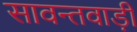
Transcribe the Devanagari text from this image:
सावन्तवाड़ी